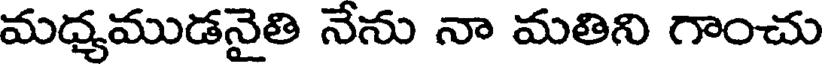
మధ్యముడనైతి నేను నా మతిని గాంచు